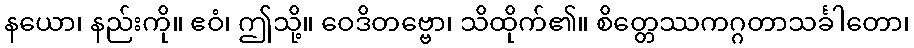
နယော၊ နည်းကို။ ဧဝံ၊ ဤသို့။ ဝေဒိတဗ္ဗော၊ သိထိုက်၏။ စိတ္တေဿကဂ္ဂတာသင်္ခါတော၊